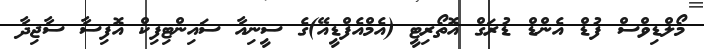
މޯލްޑިވްސް ފުޑް އެންޑް ޑުރަގް އޮތޯރިޓީ (އެމްއެފްޑީއޭ)ގެ ސީނިއާ ސައިންޓިފިކް އޮފިސާ ސާޖިދާ